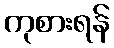
ကုစားရန်